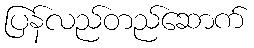
ပြန်လည်တည်ဆောက်